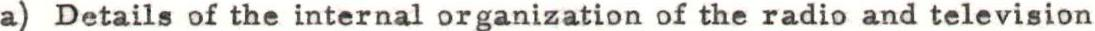
a) Details of the internal organization of the radio and television